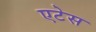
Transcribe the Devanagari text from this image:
एटेस